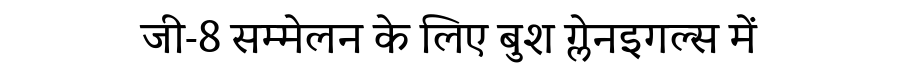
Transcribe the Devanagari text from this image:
जी-8 सम्मेलन के लिए बुश ग्लेनइगल्स में